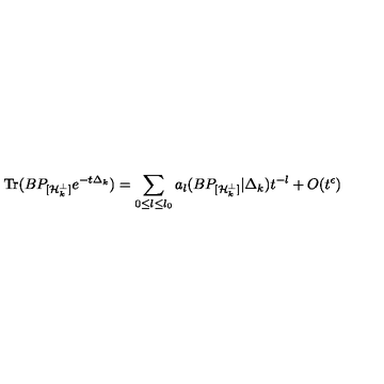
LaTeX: \mathrm { T r } ( B P _ { [ { \cal H \/ } _ { k } ^ { \perp } ] } e ^ { - t \Delta _ { k } } ) = \sum _ { 0 { \leq } l { \leq } l _ { 0 } } a _ { l } ( B P _ { [ { \cal H \/ } _ { k } ^ { \perp } ] } | \Delta _ { k } ) t ^ { - l } + O ( t ^ { \epsilon } )